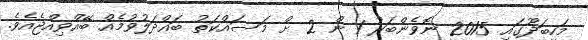
މަހިބަދޫގައި 2015 ނޮވެންބަރު 1 ން 2 ށް މަސައްކަތު ބައްދަލުވުމެއް ބޭއްވިއްޖެއެވެ.